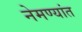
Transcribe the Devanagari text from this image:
नेमण्यांत